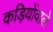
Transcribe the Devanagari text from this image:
कड़ियोंवाले